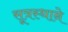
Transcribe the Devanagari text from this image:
सूत्रस्थाने